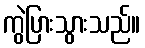
ကွဲပြားသွားသည်။